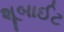
શૂબાઈટ